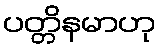
ပတ္တိနမာဟု